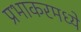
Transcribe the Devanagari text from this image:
प्रभाकरमध्ये